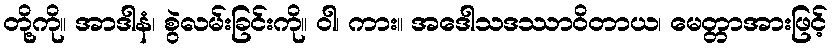
တို့ကို။ အာဒါနံ၊ စွဲလမ်းခြင်းကို။ ဝါ၊ ကား။ အဒေါသဒဿာဝိတာယ၊ မေတ္တာအားဖြင့်